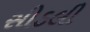
સીડલી